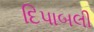
દિપાબલી